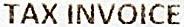
TAX INVOICE